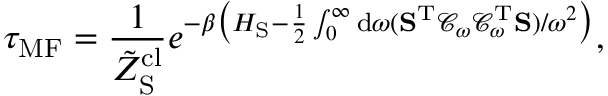
\tau _ { \mathrm { M F } } = \frac { 1 } { \tilde { Z } _ { \mathrm { S } } ^ { \mathrm { c l } } } e ^ { - \beta \big ( H _ { \mathrm { S } } - \frac { 1 } { 2 } \int _ { 0 } ^ { \infty } \mathrm { d } \omega ( \mathbf { S } ^ { \mathrm { T } } \mathcal { C } _ { \omega } \mathcal { C } _ { \omega } ^ { \mathrm { T } } \mathbf { S } ) / \omega ^ { 2 } \big ) } ,